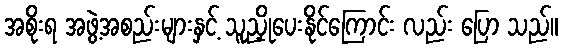
အစိုးရ အဖွဲ့အစည်းများနှင့် သူညှိုပေးနိုင်ကြောင်း လည်း ပြော သည်။